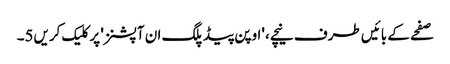
صفحے کے بائیں طرف نیچے، 'اوپن پیڈ پلگ ان آپشنز' پر کلیک کریں5۔